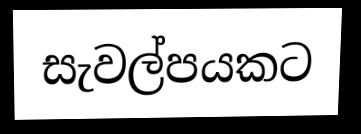
සැවල්පයකට